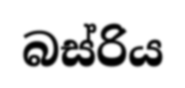
බස්රිය